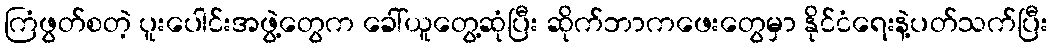
ကြံဖွတ်စတဲ့ ပူးပေါင်းအဖွဲ့တွေက ခေါ်ယူတွေ့ဆုံပြီး ဆိုက်ဘာကဖေးတွေမှာ နိုင်ငံရေးနဲ့ပတ်သက်ပြီး